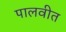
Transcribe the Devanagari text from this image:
पालवीत